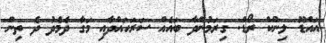
އައްޑޫ ލިންކް ރޯޑް: ގިރަމުންދާ ބައެއް ސަރަހައްދާއި މަގާ ދެމެދު ދެ ތިން